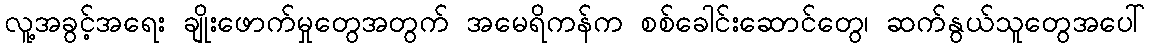
လူ့အခွင့်အရေး ချိုးဖောက်မှုတွေအတွက် အမေရိကန်က စစ်ခေါင်းဆောင်တွေ၊ ဆက်နွယ်သူတွေအပေါ်